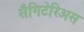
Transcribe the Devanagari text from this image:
सैगिटेरिअस